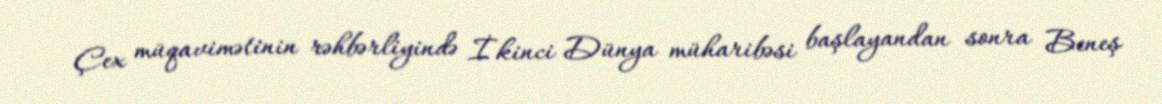
Çex müqavimətinin rəhbərliyində İkinci Dünya müharibəsi başlayandan sonra Beneş